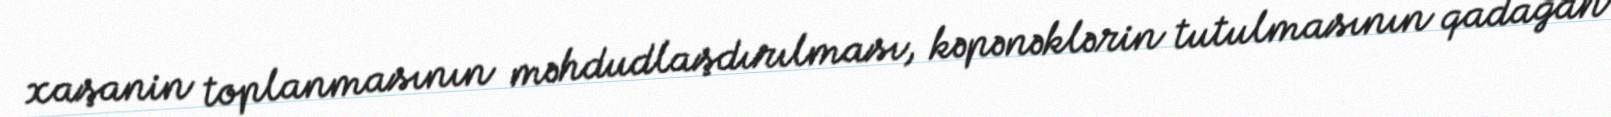
xaşanin toplanmasının məhdudlaşdırılması, kəpənəklərin tutulmasının qadağan